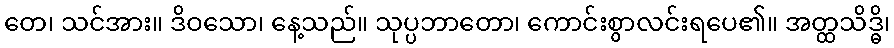
တေ၊ သင်အား။ ဒိဝသော၊ နေ့သည်။ သုပ္ပဘာတော၊ ကောင်းစွာလင်းရပေ၏။ အတ္ထသိဒ္ဓိ၊